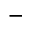
-